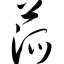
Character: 蒎